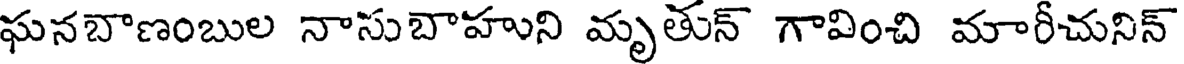
ఘనబొణంబుల నాసుబాహుని మృతున్ గావించి మారీచునిన్